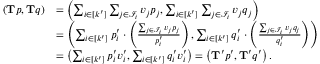
\begin{array} { r l } { ( \mathbf { T } p , \mathbf { T } q ) } & { = \left( \sum _ { i \in [ k ^ { \prime } ] } \sum _ { j \in \mathcal { I } _ { i } } v _ { j } p _ { j } , \sum _ { i \in [ k ^ { \prime } ] } \sum _ { j \in \mathcal { I } _ { i } } v _ { j } q _ { j } \right) } \\ & { = \left( \sum _ { i \in [ k ^ { \prime } ] } p _ { i } ^ { \prime } \cdot \left( \frac { \sum _ { j \in \mathcal { I } _ { i } } v _ { j } p _ { j } } { p _ { i } ^ { \prime } } \right) , \sum _ { i \in [ k ^ { \prime } ] } q _ { i } ^ { \prime } \cdot \left( \frac { \sum _ { j \in \mathcal { I } _ { i } } v _ { j } q _ { j } } { q _ { i } ^ { \prime } } \right) \right) } \\ & { = \left( \sum _ { i \in [ k ^ { \prime } ] } p _ { i } ^ { \prime } v _ { i } ^ { \prime } , \sum _ { i \in [ k ^ { \prime } ] } q _ { i } ^ { \prime } v _ { i } ^ { \prime } \right) = \left( \mathbf { T } ^ { \prime } p ^ { \prime } , \mathbf { T } ^ { \prime } q ^ { \prime } \right) . } \end{array}